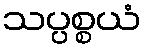
သပ္ပစ္စယံ